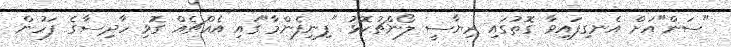
"ސަން"އަށް އެނގިފައިވާ ގޮތުގައި ރިޔާސީ ލޯންޗުކޮޅު "ފިނިފެންމާ"ގައި އެއްޗެއް ގޮވި ހާދިސާގެ ފަހުން